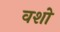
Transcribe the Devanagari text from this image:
वशो